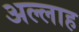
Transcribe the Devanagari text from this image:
अल्‍लाह